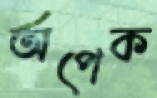
অপেক